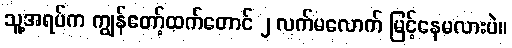
သူ့အရပ်က ကျွန်တော့်ထက်တောင် ၂ လက်မလောက် မြင့်နေမလားပဲ။